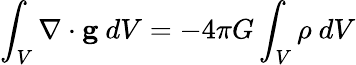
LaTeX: \int_{V}\nabla\cdot\mathbf{g}\ dV=-4\pi G\int_{V}\rho\ dV